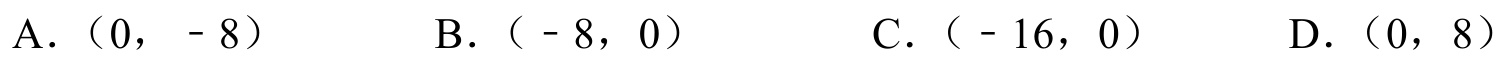
A. \((0,- 8)\)  B. \((-8,0)\)  C. \((-16,0)\)  D. \((0,8)\)